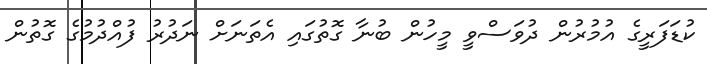
ކުޑަފަރީގެ އުމުރުން ދުވަސްވީ މީހުން ބުނާ ގޮތުގައި އެތަނަށް ނަދުރު ފުއްދުމުގެ ގޮތުން